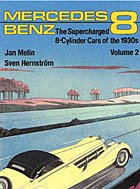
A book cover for Mercedes-Benz The Supercharged 8-Cylinder Cars of the 1930s Volume 2; J Melin; Engineering & Transportation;